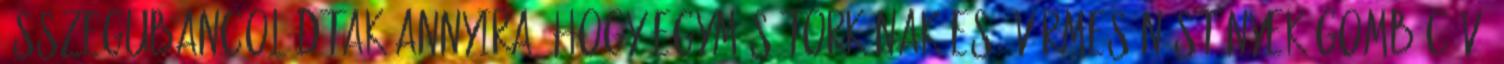
összegubancolódtak annyira, hogy egymás torkának eső vérmes nőstények gombócává